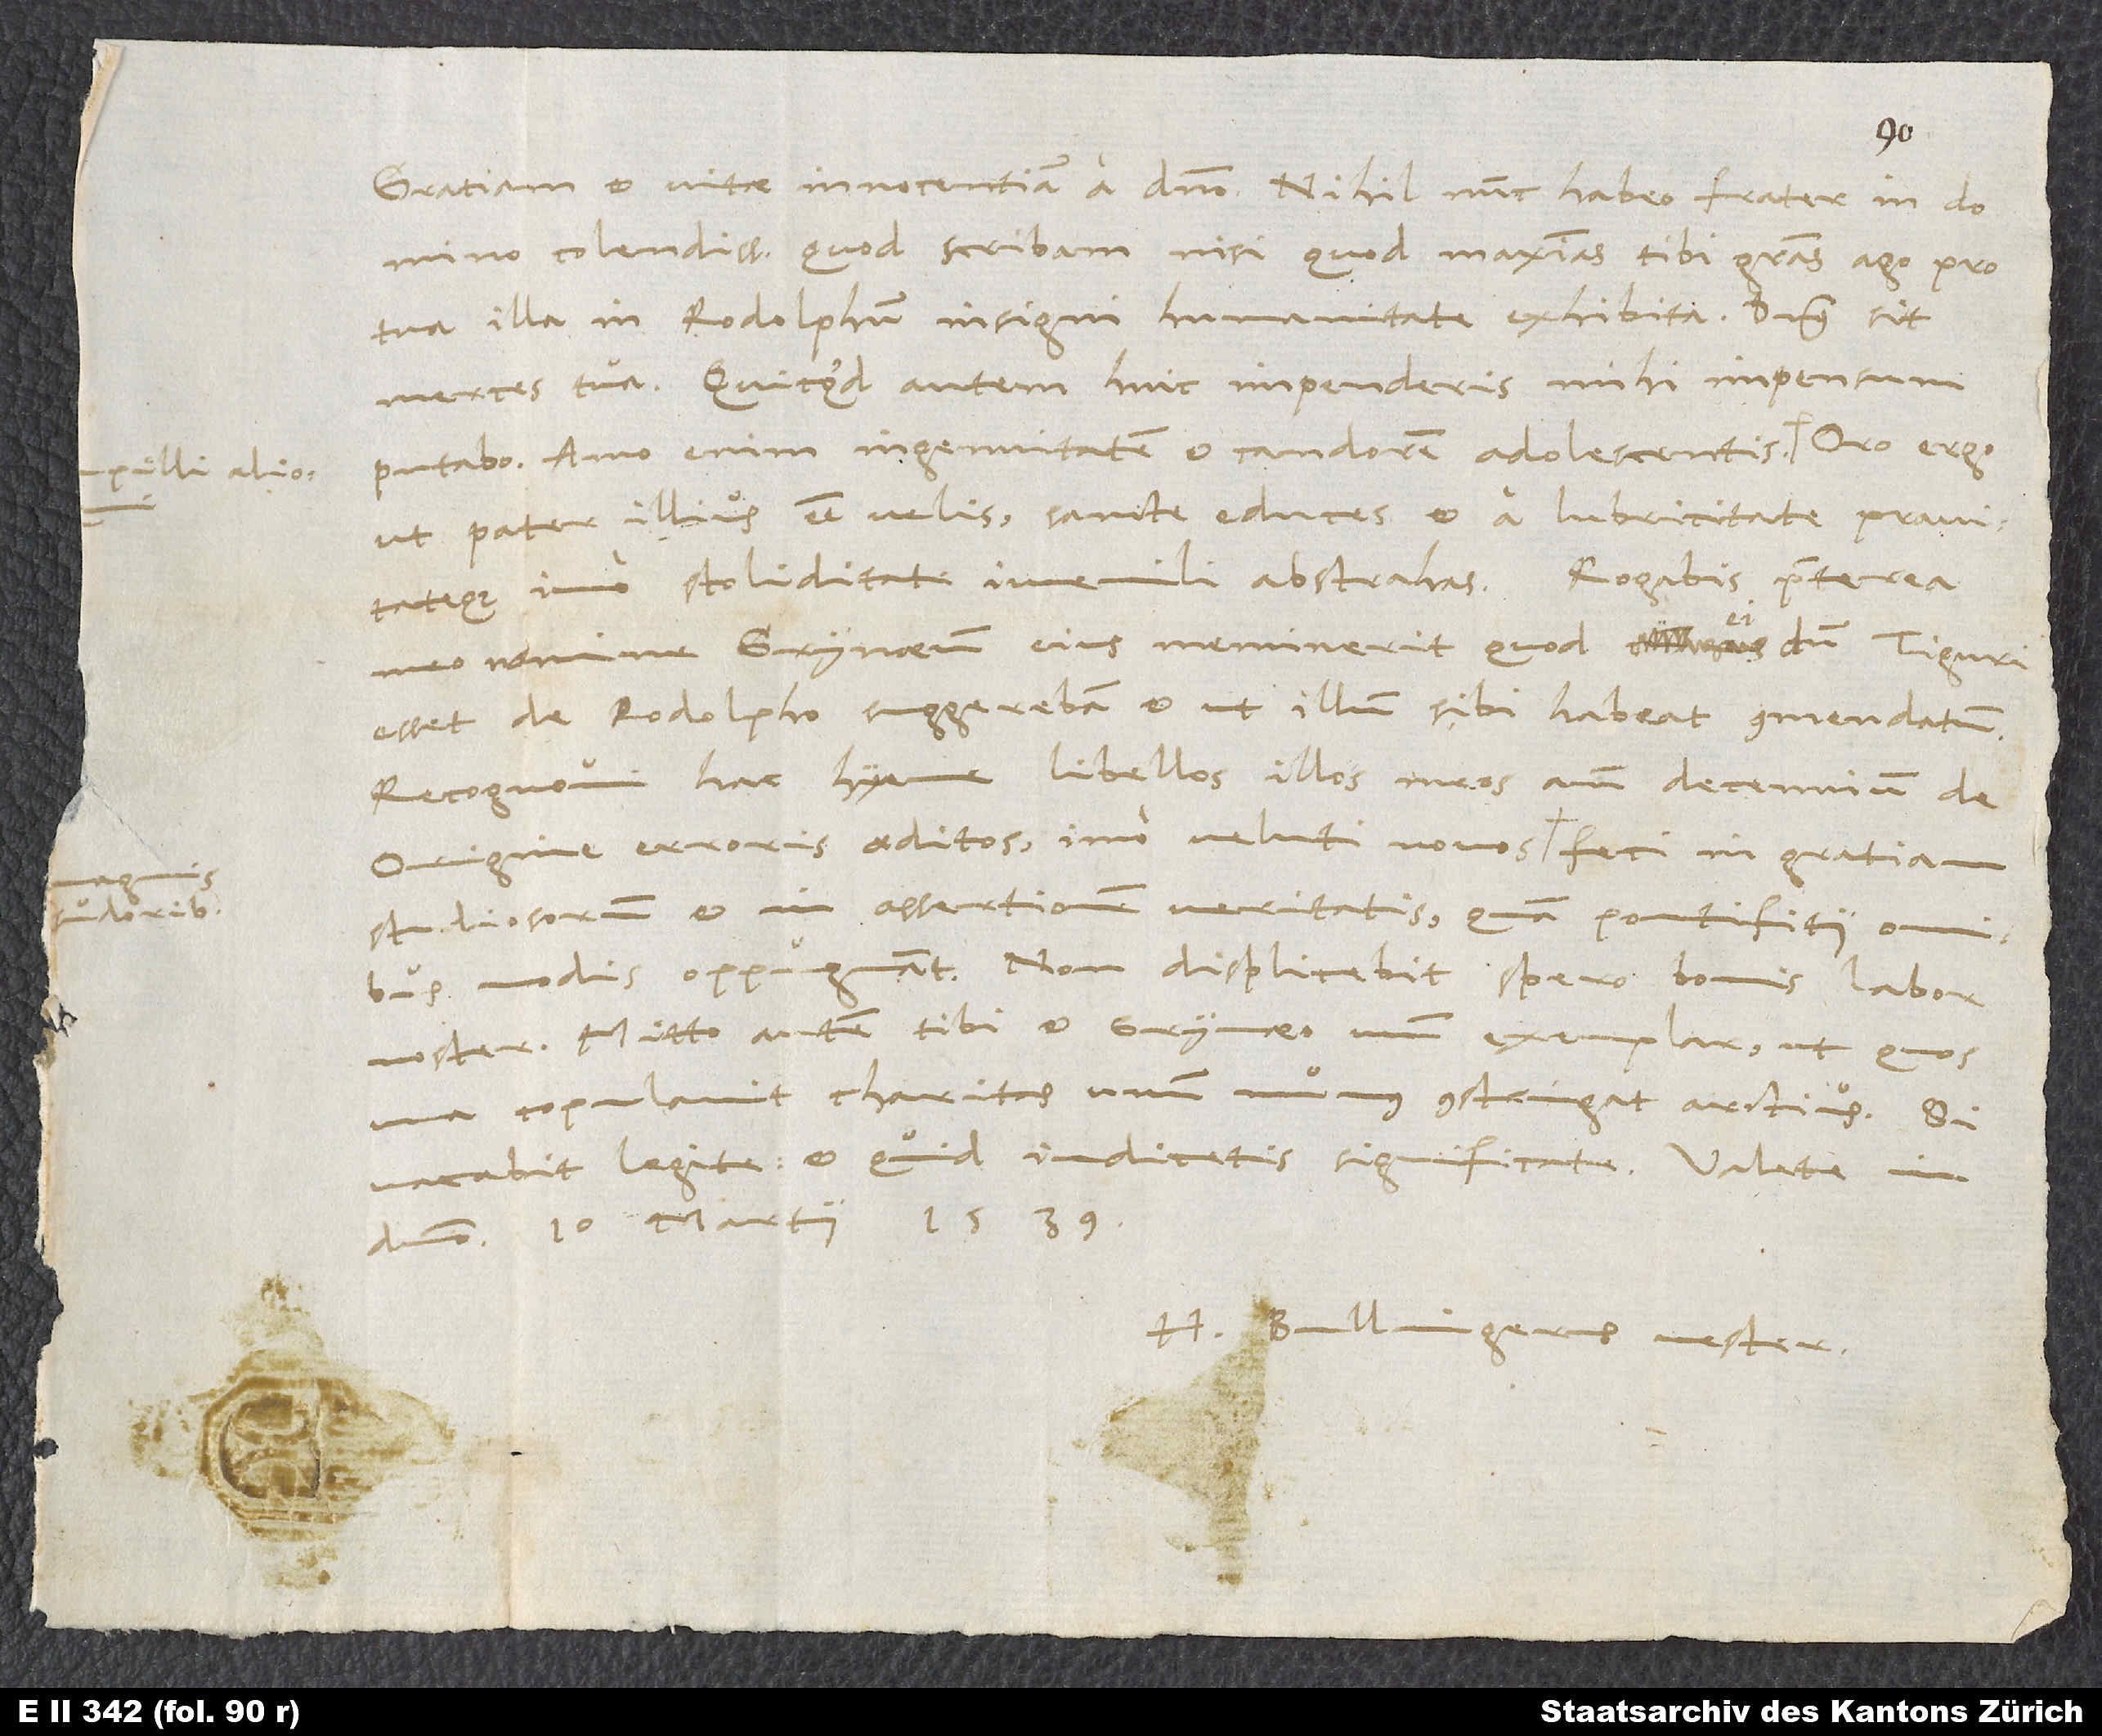
colendissime, quod scribam, nisi quod maximas tibi gratias ago pro
tua illa in Rodolphum insigni humanitate exhibita. Dominus sit
merces tua. Quicquid autem huic impenderis, mihi impensum
putabo. Amo enim ingenuitatem et candorem adolescentis,
ut pater illius esse velis, sancte educes et a lubricitate pravitateque,
imo stoliditate iuvenili abstrahas. Rogabis praeterea
meo nomine Grynaeum, eius meminerit, quod ei, dum Tiguri
esset, de Rodolpho suggerebam, et ut illum sibi habeat commendatum.
Recognovi hac hyeme libellos illos meos ante decennium De
origine erroris aeditos, imo veluti novos magnis sudoribus feci in gratiam
studiosorum et in assertionem veritatis, quam pontifitii omnibus
noster. Mitto autem tibi et Grynaeo unum exemplar, ut, quos
copulavit charitas, unum munus constringat arctius.
vacabit, legite et, quid iudicetis, significate. Valete in
domino. 10. martii 1539.
H. Bullingerus vester.